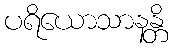
ပရိယောသာနန္တိ